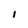
Character: 1